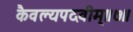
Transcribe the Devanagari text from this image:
कैवल्यपदवीम्॥७॥